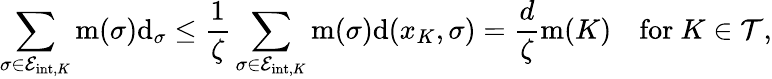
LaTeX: \sum_{\sigma\in{\mathcal E}_{\mathrm{int},K}}\operatorname{m}(\sigma){\operatorname{d}}_{\sigma}\le\frac{1}{\zeta}\sum_{\sigma\in{\mathcal E}_{\mathrm{int},K}}\operatorname{m}(\sigma){\operatorname{d}}(x_{K},\sigma)=\frac{d}{\zeta}\operatorname{m}(K)\quad\mathrm{for~}K\in{\mathcal T},